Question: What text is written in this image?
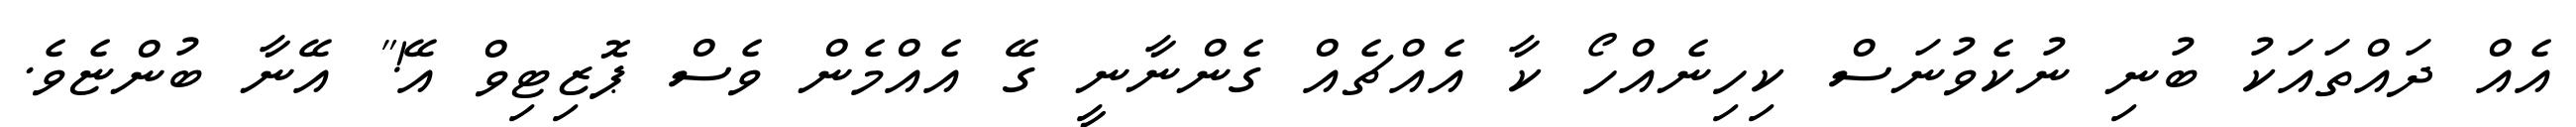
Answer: އެއް ދައްތައަކު ބުނި ނުކެވުނަސް ކިހިނެއްހޯ ކާ އެއްޗެއް ގެންނާނީ ގޭ އެއްމެން ވެސް ޕޮޒިޓިވް އޭ!" އޭނާ ބުންޏެވެ.